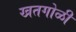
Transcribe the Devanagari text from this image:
खतगोळी